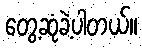
တွေ့ဆုံခဲ့ပါတယ်။